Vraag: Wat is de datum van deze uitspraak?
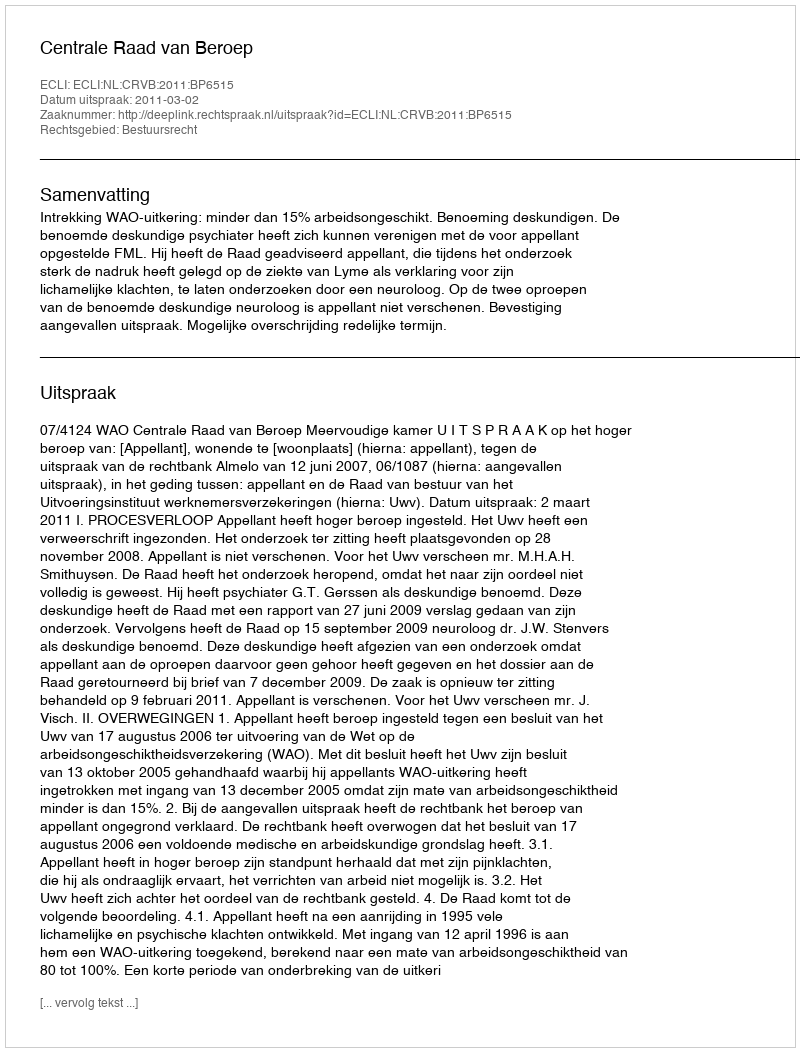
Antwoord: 2011-03-02